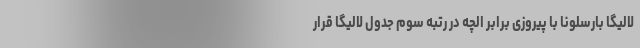
لالیگا بارسلونا با پیروزی برابر الچه در رتبه سوم جدول لالیگا قرار